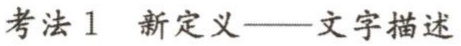
考法1 新定义——文字描述